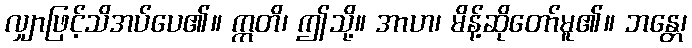
လျှာဖြင့်သိအပ်ပေ၏။ ဣတိ၊ ဤသို့။ အာဟ၊ မိန့်ဆိုတော်မူ၏။ ဘန္တေ၊